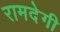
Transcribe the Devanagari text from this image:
रामदेगी